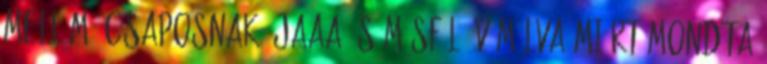
mellém? csaposnak: jaaa és másfél év múlva miért mondta